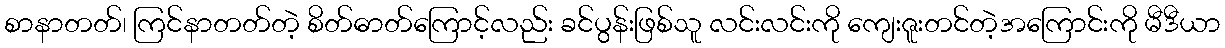
စာနာတတ်၊ ကြင်နာတတ်တဲ့ စိတ်ဓာတ်ကြောင့်လည်း ခင်ပွန်းဖြစ်သူ လင်းလင်းကို ကျေးဇူးတင်တဲ့အကြောင်းကို မီဒီယာ